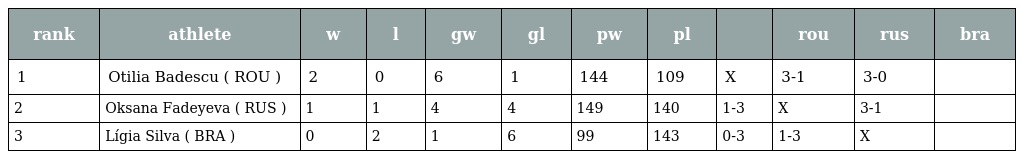
| rank | athlete | w | l | gw | gl | pw | pl |  | rou | rus | bra |
 | --- | --- | --- | --- | --- | --- | --- | --- | --- | --- | --- | --- |
 | 1 | Otilia Badescu ( ROU ) | 2 | 0 | 6 | 1 | 144 | 109 | X | 3-1 | 3-0 |  |
 | 2 | Oksana Fadeyeva ( RUS ) | 1 | 1 | 4 | 4 | 149 | 140 | 1-3 | X | 3-1 |  |
 | 3 | Lígia Silva ( BRA ) | 0 | 2 | 1 | 6 | 99 | 143 | 0-3 | 1-3 | X |  |